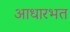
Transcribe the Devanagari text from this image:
आधारभत